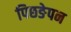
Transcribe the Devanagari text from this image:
पिछङेपन